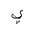
Letter: _ya